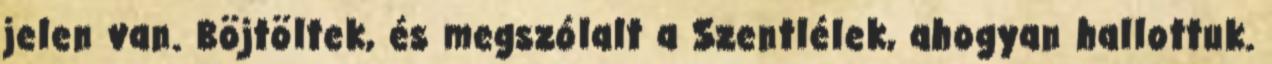
jelen van. Böjtöltek, és megszólalt a Szentlélek, ahogyan hallottuk.